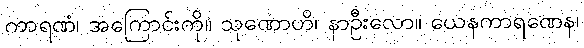
ကာရဏံ၊ အကြောင်းကို။ သုဏောဟိ၊ နာဦးလော။ ယေနကာရဏေန၊